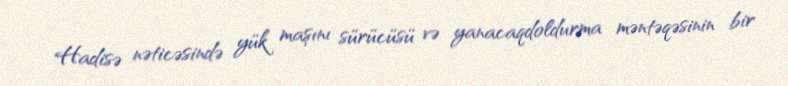
Hadisə nəticəsində yük maşını sürücüsü və yanacaqdoldurma məntəqəsinin bir